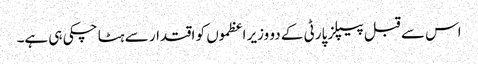
اس سے قبل پیپلز پارٹی کے دو وزیر اعظموں کو اقتدار سے ہٹا چکی ہی ہے۔